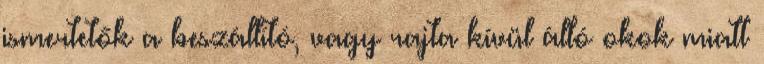
ismertetők a beszállító, vagy rajta kívül álló okok miatt